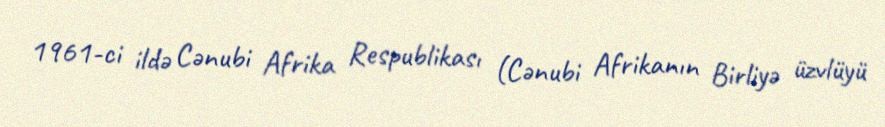
1961-ci ildə Cənubi Afrika Respublikası (Cənubi Afrikanın Birliyə üzvlüyü